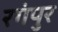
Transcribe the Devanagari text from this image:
रगंपुर